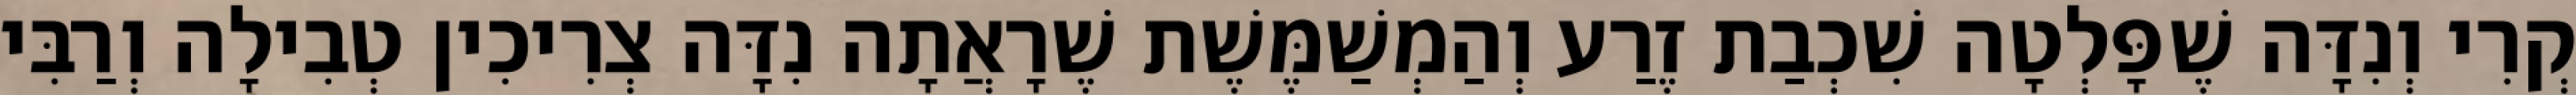
קְרִי וְנִדָּה שֶׁפָּלְטָה שִׁכְבַת זֶרַע וְהַמְשַׁמֶּשֶׁת שֶׁרָאֲתָה נִדָּה צְרִיכִין טְבִילָה וְרַבִּי